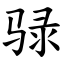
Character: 𫘧